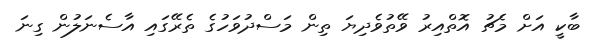
ބާކީ އަށް މެޗު އޮތްއިރު ވޭތުވެދިޔަ ތިން މަސްދުވަހުގެ ތެރޭގައި އާސެނަލުން ގިނަ